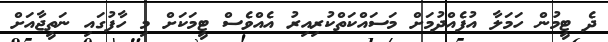
ދެ ޓީމުން ހަމަލާ އުފެއްދުމަށް މަސައްކަތްކުރިއިރު އެއްވެސް ޓީމަކަށް މި ހާފުގައި ނަތީޖާއަށް